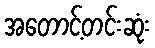
အတောင့်တင်းဆုံး